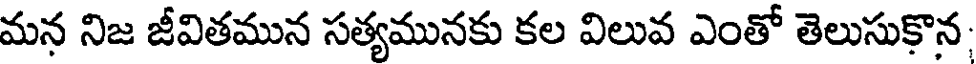
మన నిజ జీవితమున సత్యమునకు కల విలువ ఎంతో తెలుసుకొన